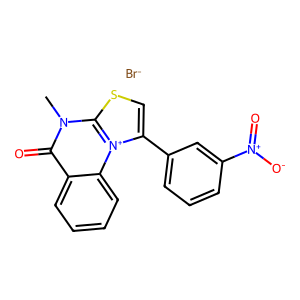
SMILES: Cn1c(=O)c2ccccc2[n+]2c(-c3cccc([N+](=O)[O-])c3)csc12.[Br-]
Inhibits HIV replication: No